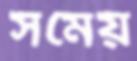
সমেয়